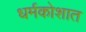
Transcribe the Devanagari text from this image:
धर्मकोशात